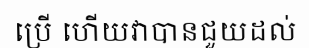
ប្រើ ហើយវាបានជួយដល់